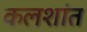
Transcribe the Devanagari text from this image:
कलशांत